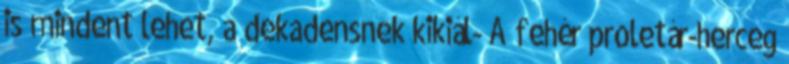
is mindent lehet, a dekadensnek kikiál- A fehér proletár-herceg